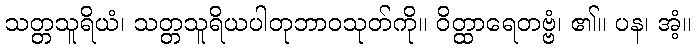
သတ္တသူရိယံ၊ သတ္တသူရိယပါတုဘာဝသုတ်ကို။ ဝိတ္ထာရေတဗ္ဗံ၊ ၏။ ပန၊ အံ့။